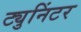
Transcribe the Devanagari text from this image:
ट्युनिंटर